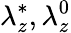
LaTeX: \lambda_{z}^{*},\lambda_{z}^{0}